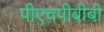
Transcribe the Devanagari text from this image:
पीएचपीबीबी